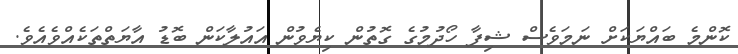
ކޮންމެ ބައްޔަކަށް ނަމަވެސް ޝިފާ ހޯދުމުގެ ގޮތުން ކިޔެވުން އައުލާކަން ބޮޑު އާޔަތްތަކެއްވެއެވެ.